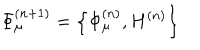
\Phi _ { \mu } ^ { ( n + 1 ) } = \left\{ \Phi _ { \mu } ^ { ( n ) } , H ^ { ( n ) } \right\}